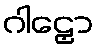
ဂါဠှော